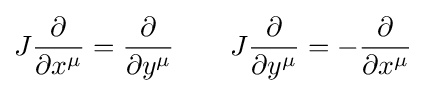
J{\frac {\partial }{\partial x^{\mu }}}={\frac {\partial }{\partial y^{\mu }}}\qquad J{\frac {\partial }{\partial y^{\mu }}}=-{\frac {\partial }{\partial x^{\mu }}}